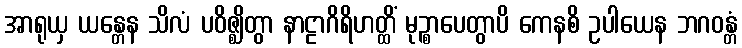
အာရုယှ ယန္တေန သိလံ ပဝိဇ္ဈိတွာ နာဠာဂိရိဟတ္ထိံ မုဉ္စာပေတွာပိ ကေနစိ ဥပါယေန ဘဂဝန္တံ